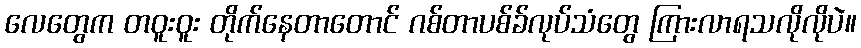
လေတွေက တဝူးဝူး တိုက်နေတာတောင် ဂစ်တာပစ်ခ်လုပ်သံတွေ ကြားလာရသလိုလိုပဲ။